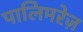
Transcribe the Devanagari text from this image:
पालिमरेज़